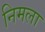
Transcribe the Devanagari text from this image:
निमला